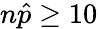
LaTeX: n{\hat{p}}\geq 10